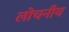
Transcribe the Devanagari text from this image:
लोचनीय